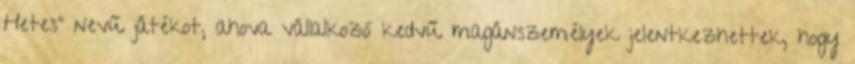
Hetes” nevű játékot, ahova vállalkozó kedvű magánszemélyek jelentkezhettek, hogy